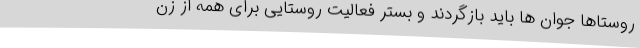
روستاها جوان ها باید بازگردند و بستر فعالیت روستایی برای همه از زن